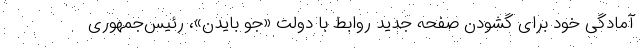
آمادگی خود برای گشودن صفحه جدید روابط با دولت «جو بایدن»، رئیس‌جمهوری